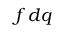
f \, d \boldsymbol { q }